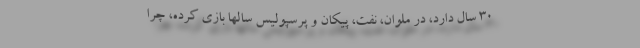
30 سال دارد، در ملوان، نفت، پیکان و پرسپولیس سالها بازی کرده، چرا